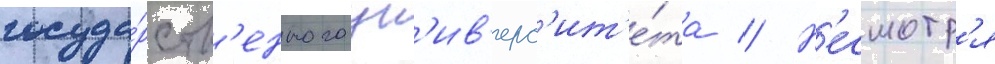
госуда́рств'енного ун'ив'ерс'ит'е́та // Н'есмотр'я